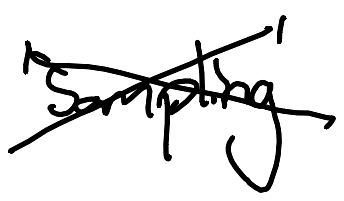
Text: 'sampling'
Cross-out: cross
Writing tool: digital_black